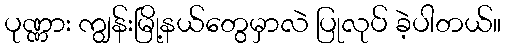
ပုဏ္ဏား ကျွန်းမြို့နယ်တွေမှာလဲ ပြုလုပ် ခဲ့ပါတယ်။